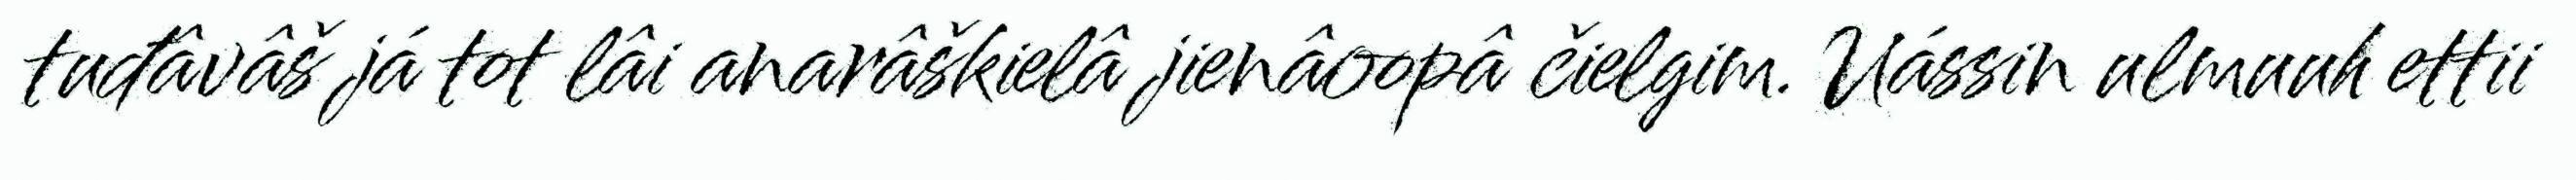
tuđâvâš já tot lâi anarâškielâ jienâoopâ čielgim. Uássin ulmuuh ettii